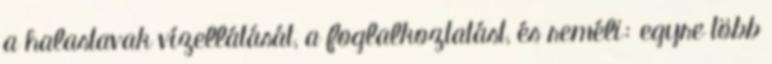
a halastavak vízellátását, a foglalkoztatást, és reméli: egyre több